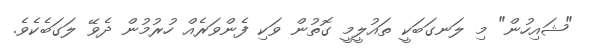
"ޝައިހުން" މި ލަނގަބަކީ ތައުލީމީ ގޮތުން ވަކި ފެންވަރެއް ހުރުމުން ދެވޭ ލަގަބެކެވެ.